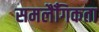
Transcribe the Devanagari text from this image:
समलैँगिकता